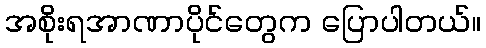
အစိုးရအာဏာပိုင်တွေက ပြောပါတယ်။